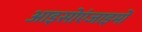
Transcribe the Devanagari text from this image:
आइसोएंजाइमों